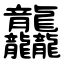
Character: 龘